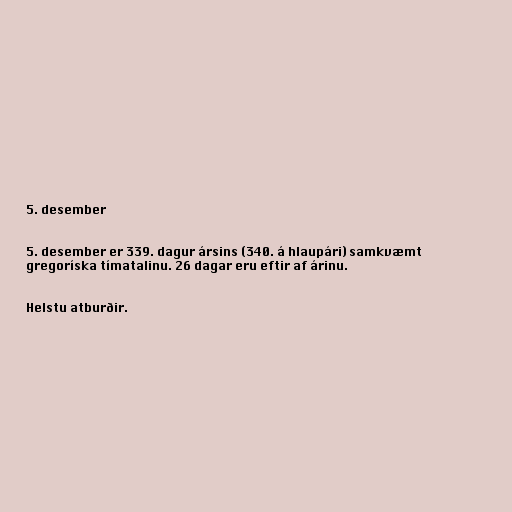
5. desember

5. desember er 339. dagur ársins (340. á hlaupári) samkvæmt
gregoríska tímatalinu. 26 dagar eru eftir af árinu.

Helstu atburðir.